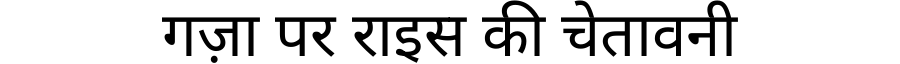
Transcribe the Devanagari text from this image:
गज़ा पर राइस की चेतावनी